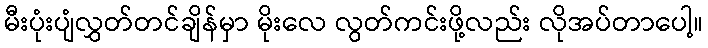
မီးပုံးပျံလွှတ်တင်ချိန်မှာ မိုးလေ လွတ်ကင်းဖို့လည်း လိုအပ်တာပေါ့။